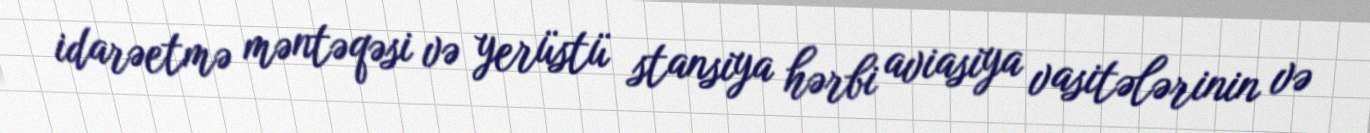
idarəetmə məntəqəsi və yerüstü stansiya hərbi aviasiya vasitələrinin və